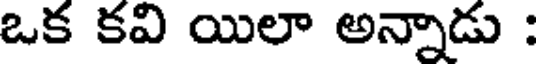
ఒక కవి యిలా అన్నాడు :